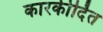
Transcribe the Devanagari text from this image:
कारकीर्दित